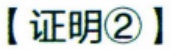
【证明\textcircled{2}】